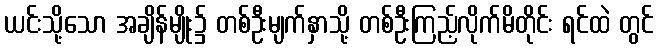
ယင်းသို့သော အချိန်မျိုး၌ တစ်ဦးမျက်နှာသို့ တစ်ဦးကြည့်လိုက်မိတိုင်း ရင်ထဲ တွင်